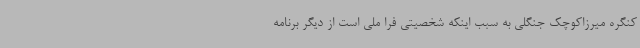
کنگره میرزاکوچک جنگلی به سبب اینکه شخصیتی فرا ملی است از دیگر برنامه